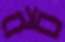
নচ